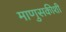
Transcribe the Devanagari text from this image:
माणुसकीशी